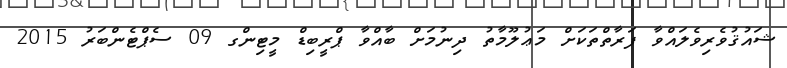
ޝައުޤުވެރިވެލައްވާ ފަރާތްތަކަށް މަޢުލޫމާތު ދިނުމަށް ބާއްވާ ޕްރީބިޑް މީޓިންގ 09 ސެޕްޓެންބަރު 2015